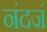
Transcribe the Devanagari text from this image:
नंदजं